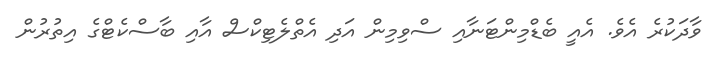
ވާދަކުރެ އެވެ. އެއީ ބެޑްމިންޓަނާއި ސްވިމިން އަދި އެތްލެޓިކްސް އާއި ބާސްކެޓްގެ އިތުރުން